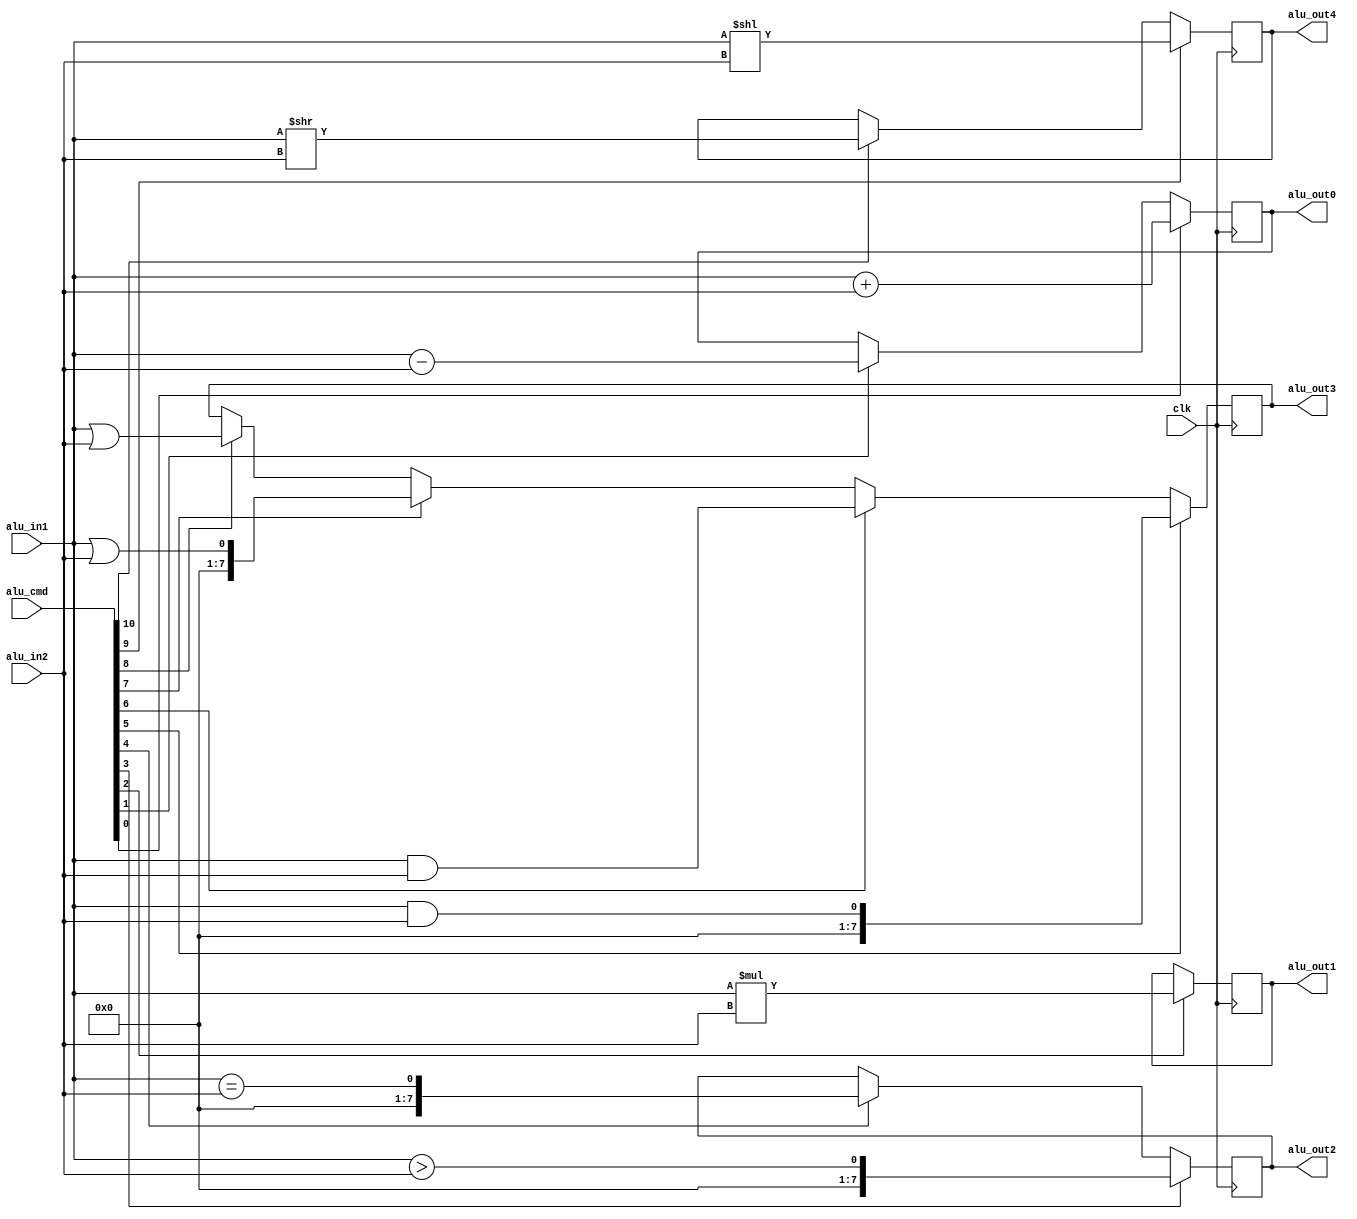
`timescale 1ns / 1ps
//////////////////////////////////////////////////////////////////////////////////
// Company: 
// Engineer: 
// 
// Create Date:
// Design Name: 
// Module Name: alu
// Project Name: 
// Target Devices: 
// Tool Versions: 
// Description: 
// 
// Dependencies: 
// 
// Revision:
// Revision 0.01 - File Created
// Additional Comments:
// 
//////////////////////////////////////////////////////////////////////////////////

module alu
(
    input   wire		clk,
    
	// alu in
    input   wire [10:0]	alu_cmd,
	input	wire [7:0]	alu_in1,
	input	wire [7:0]	alu_in2,

    // alu out
	output  reg [8:0]	alu_out0,
	output  reg [15:0]	alu_out1,
	output  reg [7:0]	alu_out2,
	output  reg [7:0]	alu_out3,
	output  reg [7:0]	alu_out4
);

// /
always@(posedge clk)
begin
    if(alu_cmd[0])  
		alu_out0  <= (alu_in1 + alu_in2);
    else if(alu_cmd[1])  
		alu_out0  <= (alu_in1 - alu_in2);
end

// 
always@(posedge clk)
begin
    if(alu_cmd[2])  
		alu_out1  <= (alu_in1 * alu_in2);
end

// 
always@(posedge clk)
begin
    if(alu_cmd[3]) 
		alu_out2 <= (alu_in1 >  alu_in2);
    else if(alu_cmd[4]) 
		alu_out2 <= (alu_in1 == alu_in2);
end

// 
always@(posedge clk)
begin
    if(alu_cmd[5])  
		alu_out3 <= (alu_in1 && alu_in2);
    else if(alu_cmd[6])  
		alu_out3 <= (alu_in1 &  alu_in2);
    else if(alu_cmd[7])  
		alu_out3 <= (alu_in1 || alu_in2);
    else if(alu_cmd[8])  
		alu_out3 <= (alu_in1 |  alu_in2);
end

// 
always@(posedge clk)
begin
    if(alu_cmd[9])  
		alu_out4 <= (alu_in1 << alu_in2);
    else if(alu_cmd[10]) 
		alu_out4 <= (alu_in1 >> alu_in2);
end

endmodule